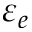
\varepsilon _ { e }